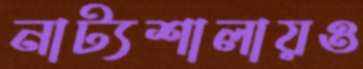
নাট্যশালায়ও